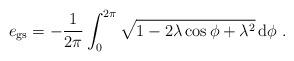
LaTeX: \begin{align*}e_{\mathrm{gs}}=-\frac{1}{2\pi}\int_0^{2\pi}\sqrt{1-2\lambda \cos \phi +\lambda^2}\, \mathrm{d}\phi \ .\end{align*}